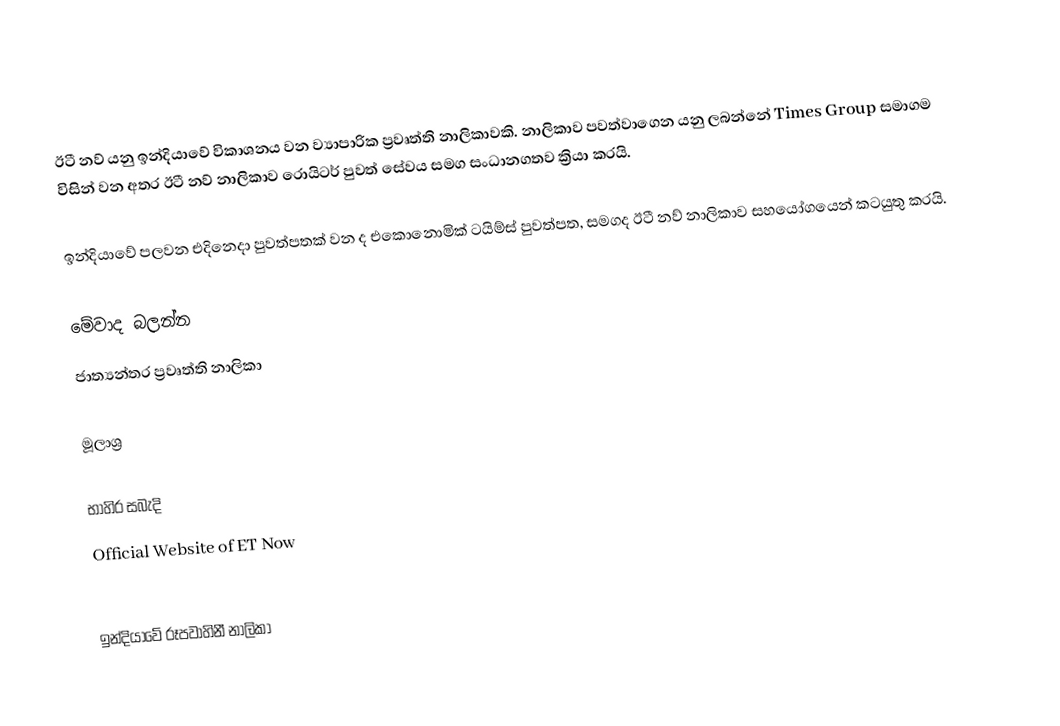
ඊටී නව් යනු ඉන්දියාවේ විකාශනය වන ව්‍යාපාරික ප්‍රවෘත්ති නාලිකාවකි. නාලිකාව පවත්වාගෙන යනු ලබන්නේ Times Group සමාගම විසින් වන අතර ඊටී නව් නාලිකාව රොයිටර් පුවත් සේවය සමග සංධානගතව ක්‍රියා කරයි.

ඉන්දියාවේ පලවන එදිනෙදා පුවත්පතක් වන ද එකොනොමික් ටයිම්ස් පුවත්පත, සමගද ඊටී නව් නාලිකාව සහයෝගයෙන් කටයුතු කරයි.

මේවාද බලන්න
 ජාත්‍යන්තර ප්‍රවෘත්ති නාලිකා

මූලාශ්‍ර

භාහිර සබැදි
 Official Website of ET Now

ඉන්දියාවේ රූපවාහිනී නාලිකා